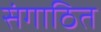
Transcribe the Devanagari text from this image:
संगाठित